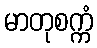
မာတုစက္ကံ